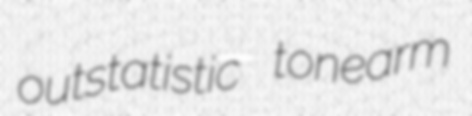
outstatistic tonearm